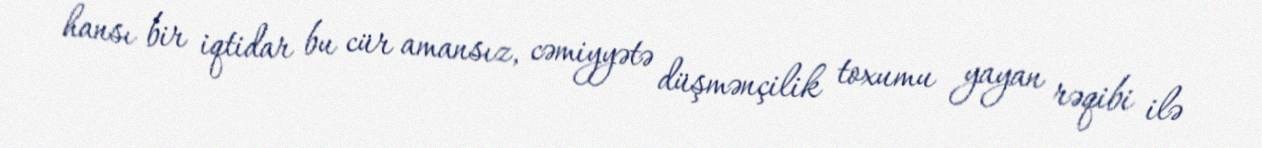
hansı bir iqtidar bu cür amansız, cəmiyyətə düşmənçilik toxumu yayan rəqibi ilə